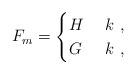
LaTeX: \begin{align*}F_m=\begin{cases}H & \ k \ ,\\G & \ k \ ,\end{cases}\end{align*}